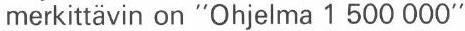
merkittävin on "Ohjelma 1 500 000"